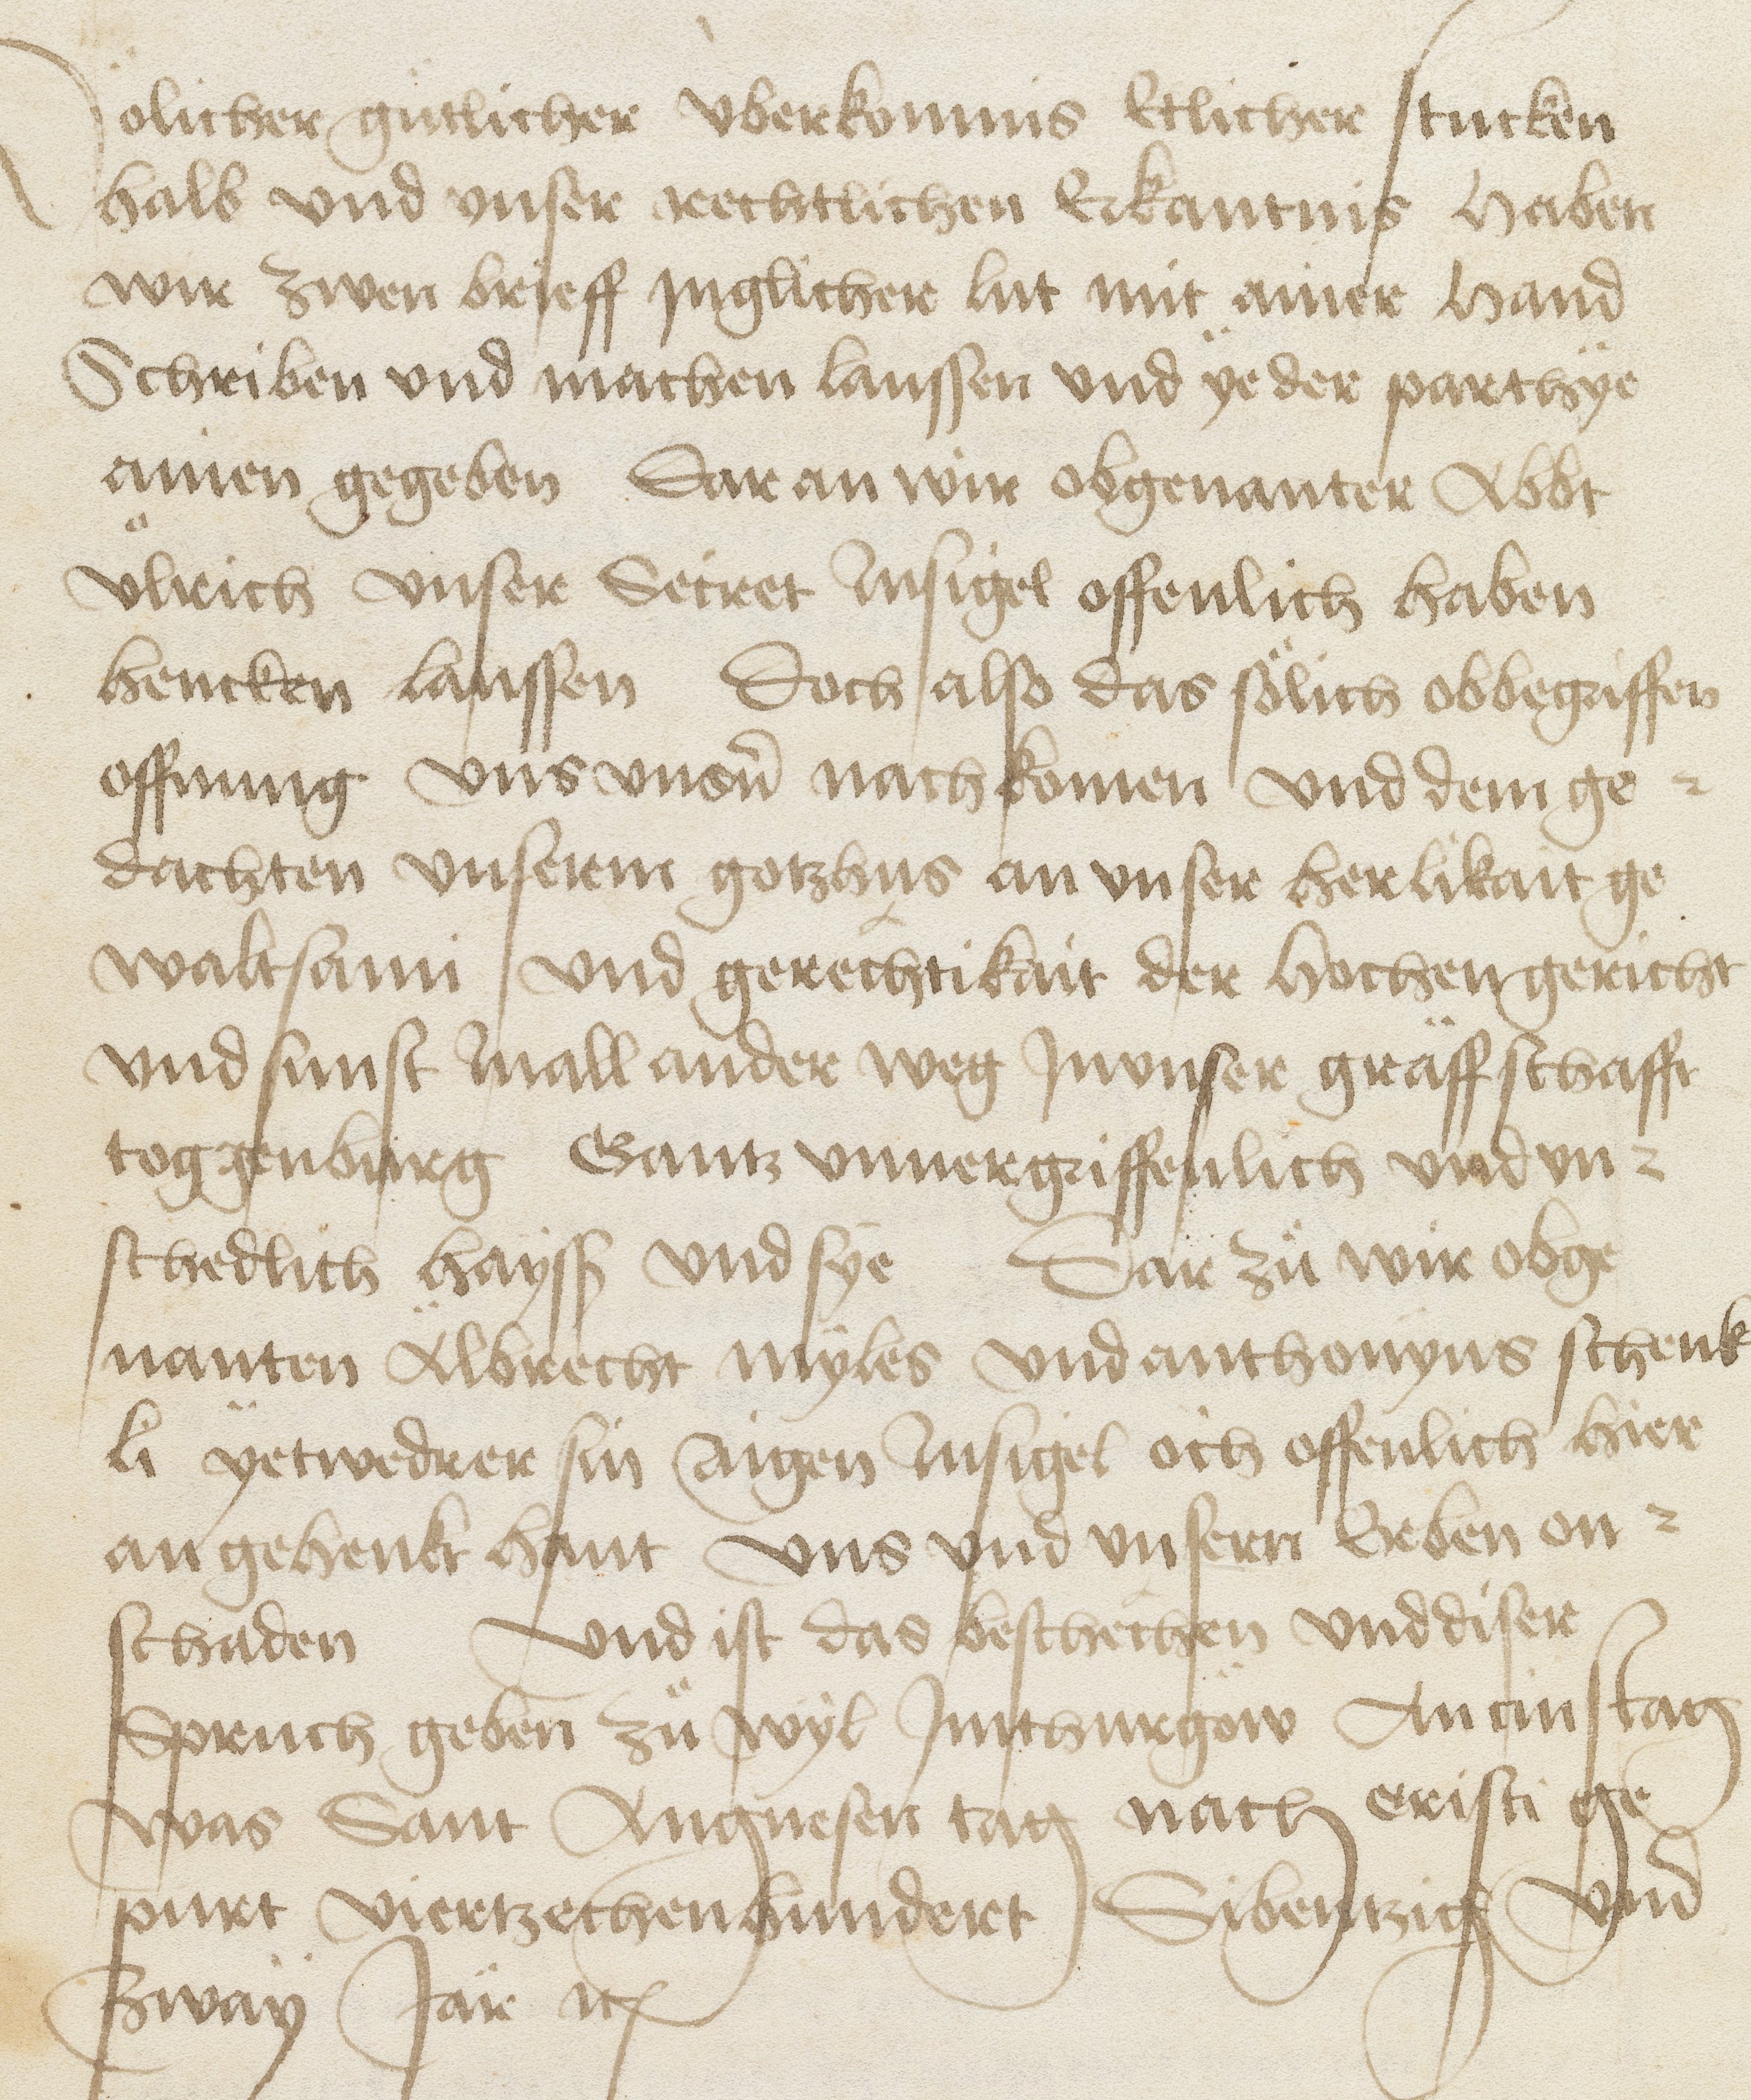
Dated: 1471–1472